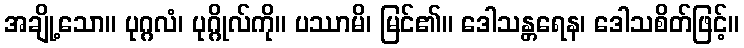
အချို့သော။ ပုဂ္ဂလံ၊ ပုဂ္ဂိုလ်ကို။ ပဿာမိ၊ မြင်၏။ ဒေါသန္တရေန၊ ဒေါသစိတ်ဖြင့်။